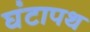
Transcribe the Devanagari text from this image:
घंटापथ